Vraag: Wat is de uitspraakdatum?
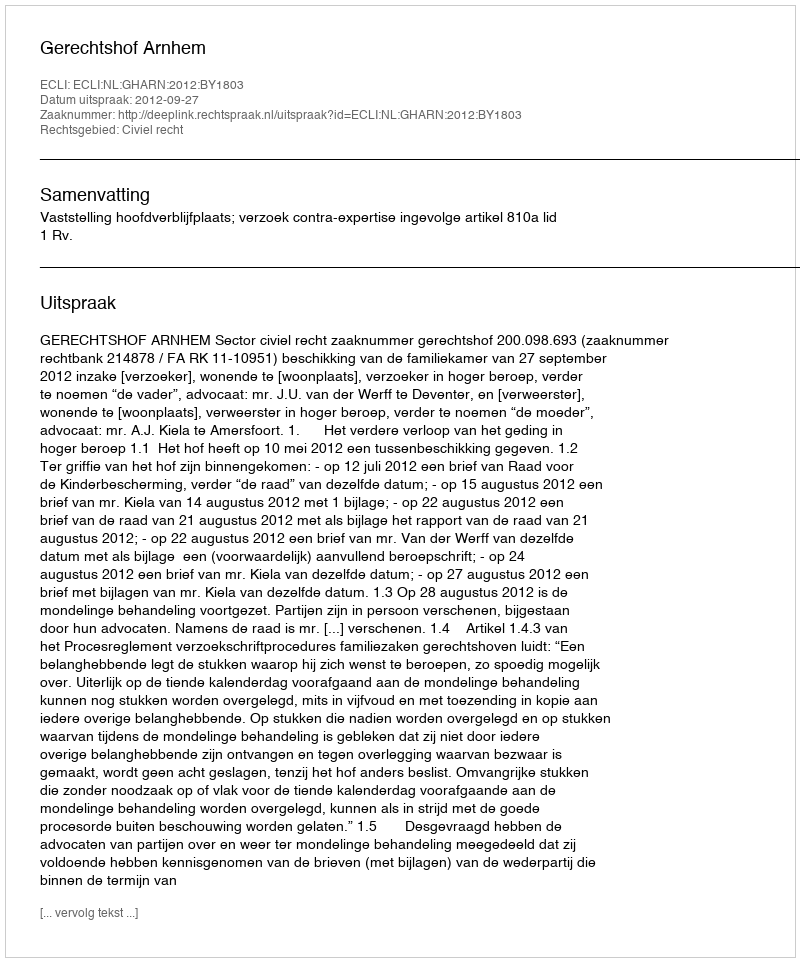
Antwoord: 2012-09-27